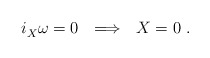
\begin{align*} i_X^{} \omega = 0~~\Longrightarrow~~X = 0~. \end{align*}